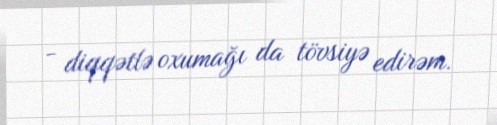
- diqqətlə oxumağı da tövsiyə edirəm.